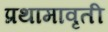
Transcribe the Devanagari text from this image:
प्रथामावृती